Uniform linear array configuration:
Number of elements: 24
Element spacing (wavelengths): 0.25
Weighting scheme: hamming
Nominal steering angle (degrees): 15
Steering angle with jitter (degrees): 16.351
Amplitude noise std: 0.05
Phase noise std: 0.05

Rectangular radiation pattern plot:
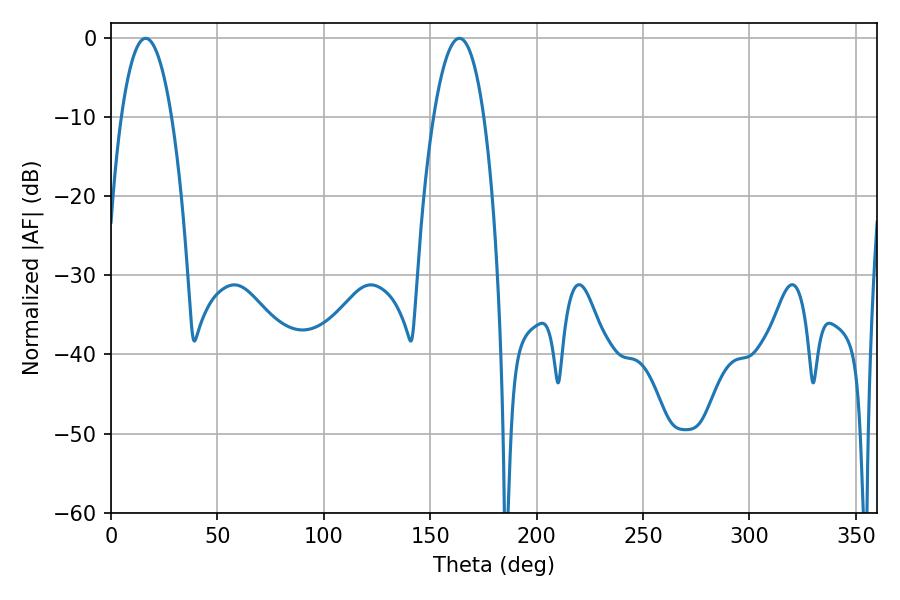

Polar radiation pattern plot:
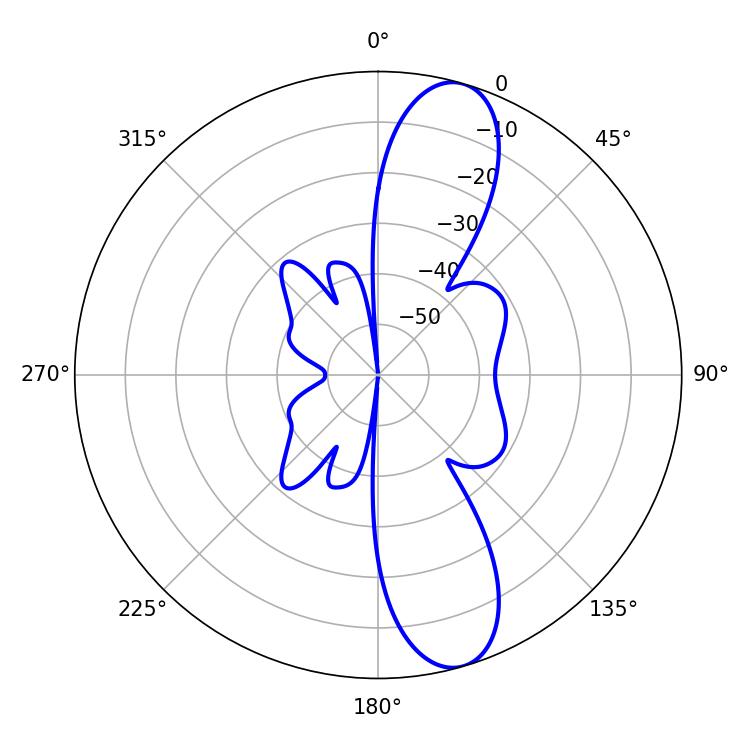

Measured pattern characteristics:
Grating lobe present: FALSE
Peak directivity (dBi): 11.597
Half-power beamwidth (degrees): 13.14
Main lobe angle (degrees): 16.2